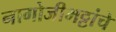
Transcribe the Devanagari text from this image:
नागोजीभट्टांचे